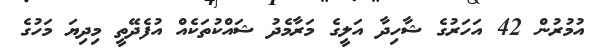
އުމުރުން 42 އަހަރުގެ ޝާހިދާ އަލީގެ މަރާމެދު ޝައްކުތަކެއް އުފެދޭތީ މިދިޔަ މަހުގެ